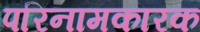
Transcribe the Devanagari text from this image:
परिनामकारक